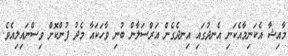
މާއިޝާ އެކަނިމާއެކަނި އެނދުގައި އިނދެގެން އަރްސަލާން ބުނި ވާހަކައާ މެދު ފުންކޮށް ވިސްނައިލިއެވެ.